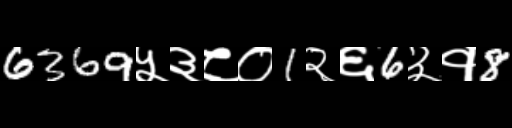
Text: 6369५३८०1२६6३१8